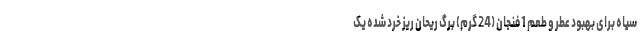
سیاه برای بهبود عطر و طعم 1 فنجان (24 گرم) برگ ریحان ریز خرد شده یک